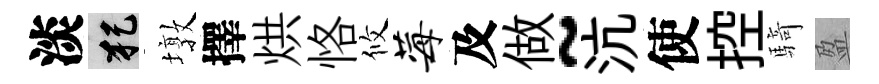
淡犯墩擇烘恪攸莓及做~沆使控騎盈